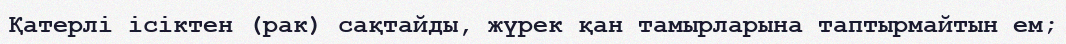
Қатерлі ісіктен (рак) сақтайды, жүрек қан тамырларына таптырмайтын ем;